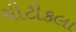
ચીટીકલા